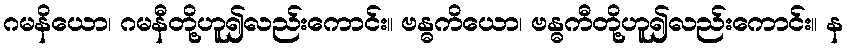
ဂမနိယော၊ ဂမနီတို့ဟူ၍လည်းကောင်း။ ဗန္ဓကိယော၊ ဗန္ဓကီတို့ဟူ၍လည်းကောင်း။ န